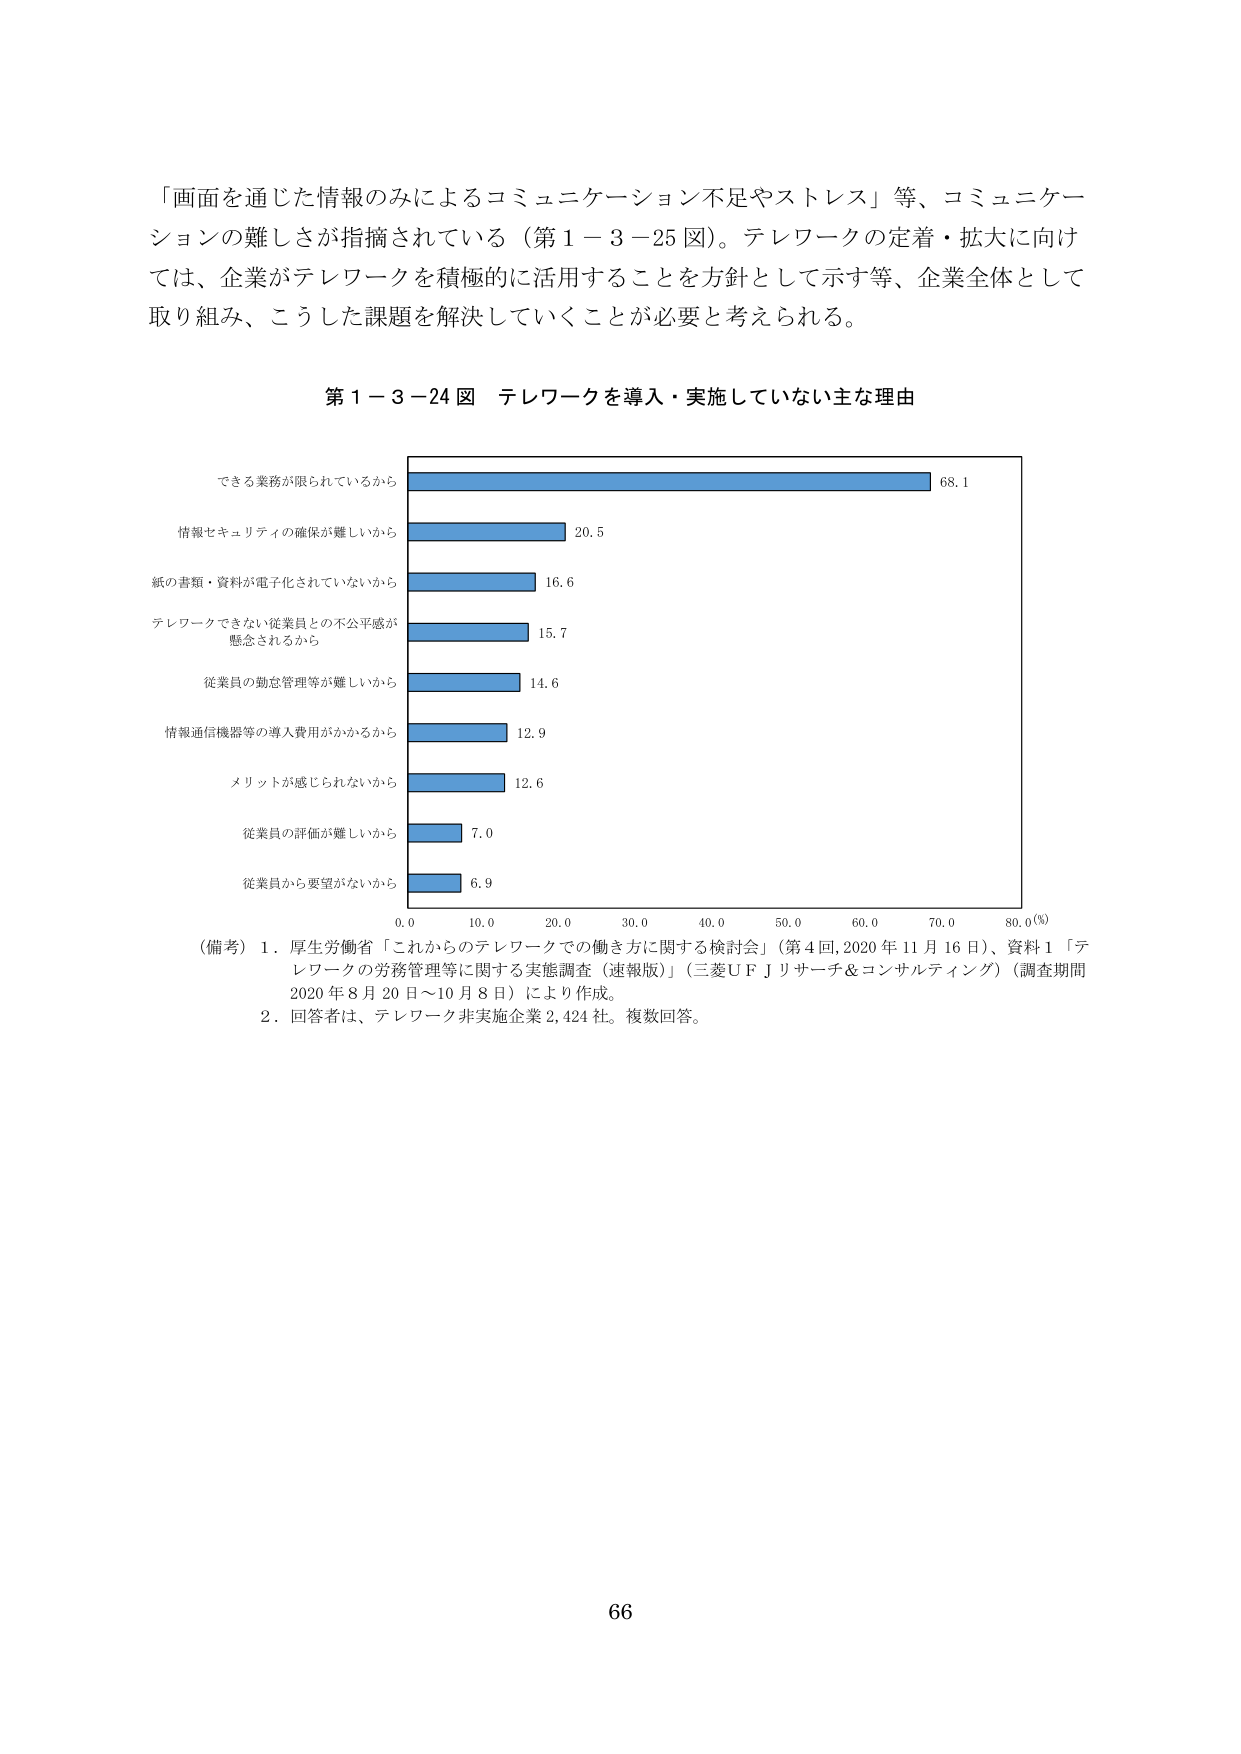
「画面を通じた情報のみによるコミュニケーション不足やストレス」等、コミュニケーションの難しさが指摘されている（第1－3－25図）。テレワークの定着・拡大に向けては、企業がテレワークを積極的に活用することを方針として示す等、企業全体として取り組み、こうした課題を解決していくことが必要と考えられる。

第1－3－24図 テレワークを導入・実施していない主な理由

できる業務が限られているから 68.1
情報セキュリティの確保が難しいから 20.5
紙の書類・資料が電子化されていないから 16.6
テレワークできない従業員との不公平感が懸念されるから 15.7
従業員の勤怠管理等が難しいから 14.6
情報通信機器等の導入費用がかかるから 12.9
メリットが感じられないから 12.6
従業員の評価が難しいから 7.0
従業員から要望がないから 6.9

0.0 10.0 20.0 30.0 40.0 50.0 60.0 70.0 80.0(%)

（備考）1．厚生労働省「これからのテレワークでの働き方に関する検討会」（第4回,2020年11月16日）、資料1「テレワークの労務管理等に関する実態調査（速報版）」（三菱UFJリサーチ＆コンサルティング）（調査期間2020年8月20日～10月8日）により作成。
2．回答者は、テレワーク非実施企業2,424社。複数回答。

66